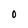
Character: O